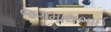
જગમાલભાઈ